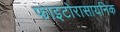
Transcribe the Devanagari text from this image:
फाइटोरासायनिक